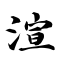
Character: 渲